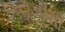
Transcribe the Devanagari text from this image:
डब्लूजीसी